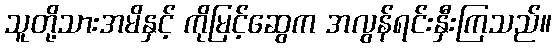
သူတို့သားအမိနှင့် ကိုမြင့်ဆွေက အလွန်ရင်းနှီးကြသည်။